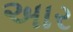
અાર